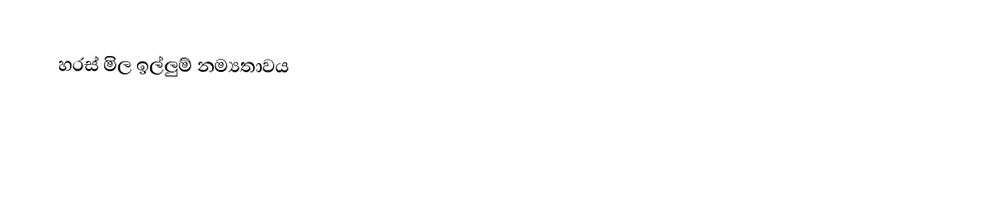
හරස් මිල ඉල්ලුම් නම්‍යතාවය